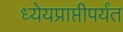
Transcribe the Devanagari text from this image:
ध्येयप्राप्तीपर्यंत